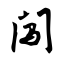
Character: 闯